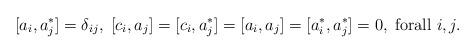
LaTeX: \begin{align*}[a_{i},a_{j}^{\ast}]=\delta_{ij},\;[c_{i},a_{j}]=[c_{i},a_{j}^{\ast}]=[a_{i},a_{j}]=[a_{i}^{\ast},a_{j}^{\ast}]=0,\;\mbox{forall }i,j.\end{align*}